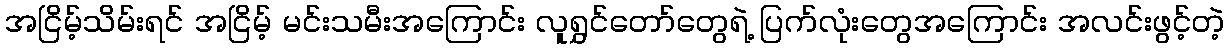
အငြိမ့်သိမ်းရင် အငြိမ့် မင်းသမီးအကြောင်း လူရွှင်တော်တွေရဲ့ ပြက်လုံးတွေအကြောင်း အလင်းဖွင့်တဲ့